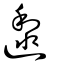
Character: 邌